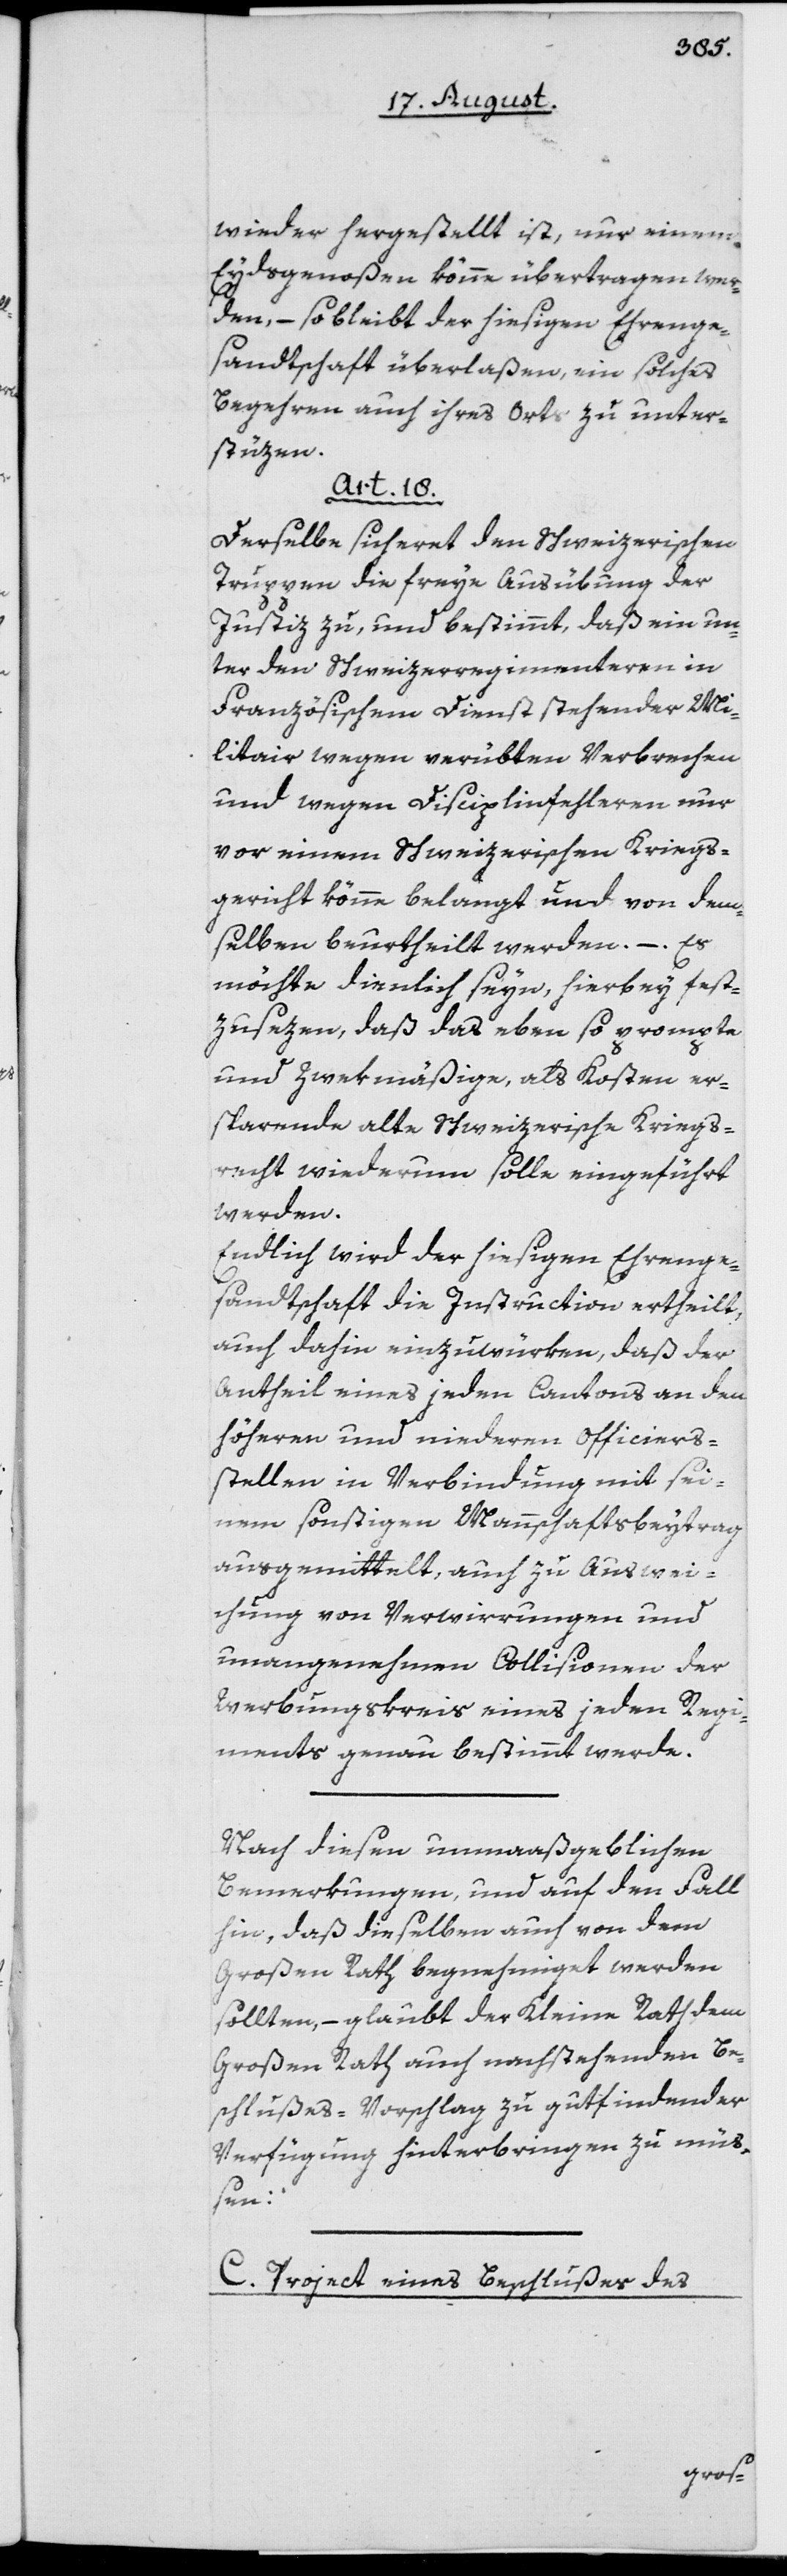
wieder hergestellt ist, nur einem
Eydsgenoßen könne übertragen wer¬
den, – so bleibt der hiesigen Ehrenge¬
sandtschaft überlaßen, ein solches
Begehren auch ihres Orts zu unter¬
stüzen.
Art. 18.
Derselbe sicheret den Schweizerischen
Truppen die freye Ausübung der
Justiz zu, und bestimmt, daß ein un¬
ter den Schweizerregimenteren in
Französischem Dienst stehender Mi¬
litair wegen verübten Verbrechen
und wegen Disciplinfehleren nur
vor einem Schweizerischen Kriegs¬
gericht könne belangt und von dem¬
selben beurtheilt werden. – Es
möchte dienlich seyn, hierbey fest¬
zusezen, daß das eben so prompte
und zwekmäßige, als Kosten er¬
sparende alte Schweizerische Kriegs¬
recht wiederum solle eingeführt
werden.
Endlich wird der hiesigen Ehrenge¬
sandtschaft die Instruction ertheilt,
auch dahin einzuwürken, daß der
Antheil eines jeden Cantons an den
höheren und niederen Officiers¬
stellen in Verbindung mit sei¬
nem sonstigen Mannschaftsbeytrag
ausgemittelt, auch zu Auswei¬
chung von Verwirrungen und
unangenehmen Collisionen der
Werbungskreis eines jeden Regi¬
ments genau bestimmt werde.
Nach diesen unmaaßgeblichen
Bemerkungen, und auf den Fall
hin, daß dieselben auch von dem
Großen Rath begnehmiget werden
sollten, – glaubt der Kleine Rath dem
Großen Rath auch nachstehenden Be¬
schlußes-Vorschlag zu gutfindender
Verfügung hinterbringen zu mü¬
ßen:
C. Project eines Beschlußes des